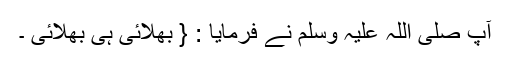
آپ صلی اللہ علیہ وسلم نے فرمایا : { بھلائی ہی بھلائی ۔